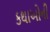
કથાઓની